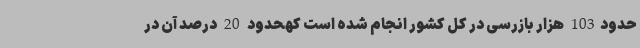
حدود103 هزار بازرسی در کل کشور انجام شده است کهحدود 20 درصد آن در